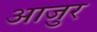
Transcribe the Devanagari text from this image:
आजुर